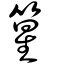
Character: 篂